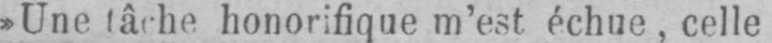
»Une tâche honorifique m’est échue, celle